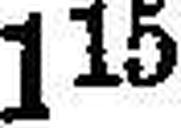
115